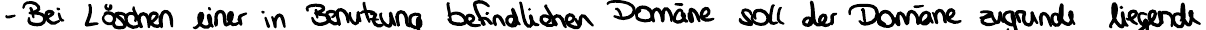
- Bei Löschen einer in Benutzung befindlichen Domäne soll der Domäne zugrunde liegende